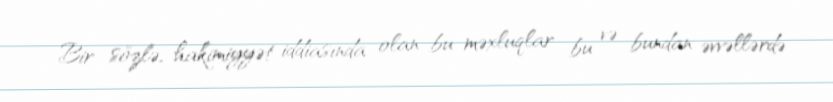
Bir sözlə, hakimiyyət iddiasında olan bu məxluqlar bu və bundan əvvəllərdə